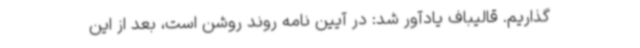
گذاریم. قالیباف یادآور شد: در آیین نامه روند روشن است، بعد از این